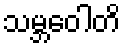
သမ္ဘဝေါတိ